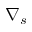
\nabla _ { s }